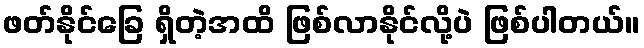
ဖတ်နိုင်ခြေ ရှိတဲ့အထိ ဖြစ်လာနိုင်လို့ပဲ ဖြစ်ပါတယ်။